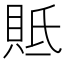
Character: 貾